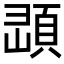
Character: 𩒔